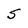
Character: 5